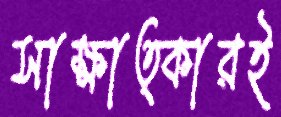
সাক্ষাত্কারই